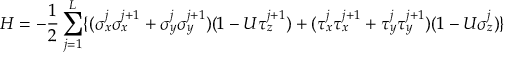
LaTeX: H = - \frac { 1 } { 2 } \sum _ { j = 1 } ^ { L } \{ ( \sigma _ { x } ^ { j } \sigma _ { x } ^ { j + 1 } + \sigma _ { y } ^ { j } \sigma _ { y } ^ { j + 1 } ) ( 1 - U \tau _ { z } ^ { j + 1 } ) + ( \tau _ { x } ^ { j } \tau _ { x } ^ { j + 1 } + \tau _ { y } ^ { j } \tau _ { y } ^ { j + 1 } ) ( 1 - U \sigma _ { z } ^ { j } ) \}